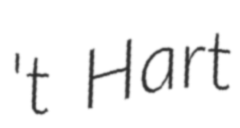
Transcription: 't Hart